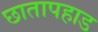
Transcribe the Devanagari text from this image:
छातापहाड